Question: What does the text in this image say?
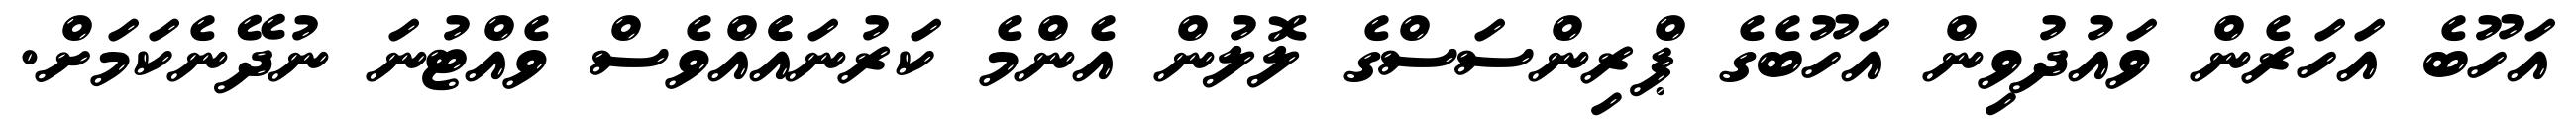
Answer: އަހޫބެ އަހަރެން ވައުދުވިން އަހޫބެގެ ޕްރިންސަސްގެ ލޮލުން އެންމެ ކަރުނައެެއްވެސް ވެއްޓުނަ ނުދޭނެކަމަށް.